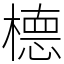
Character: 㯖